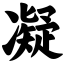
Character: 凝